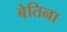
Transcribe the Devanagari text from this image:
बेतिना